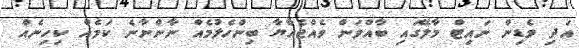
އަދި ވެޑިން ނައިޓް މާލޭގައި ބާއްވަން ވެއްޖެއްޔާ ބިންހެލުމެއް ނާންނާނެ ކަމެއް ކިހިނެއް